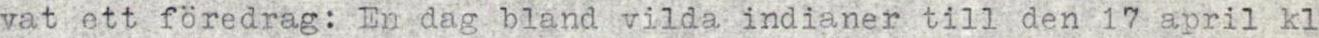
vat ett föredrag: En dag bland vilda indianer till den 17 april kl